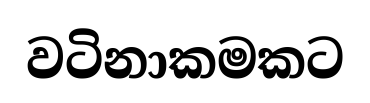
වටිනාකමකට